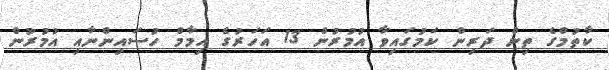
ކާތުމްގެ ތިން ދަރިން ކަމުގައިވާ އުމުރުން 13 އަހަރުގެ އިމާމް ހުސައިންނާއި އުމުރުން